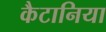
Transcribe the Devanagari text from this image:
कैटानिया